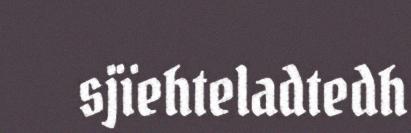
sjïehteladtedh